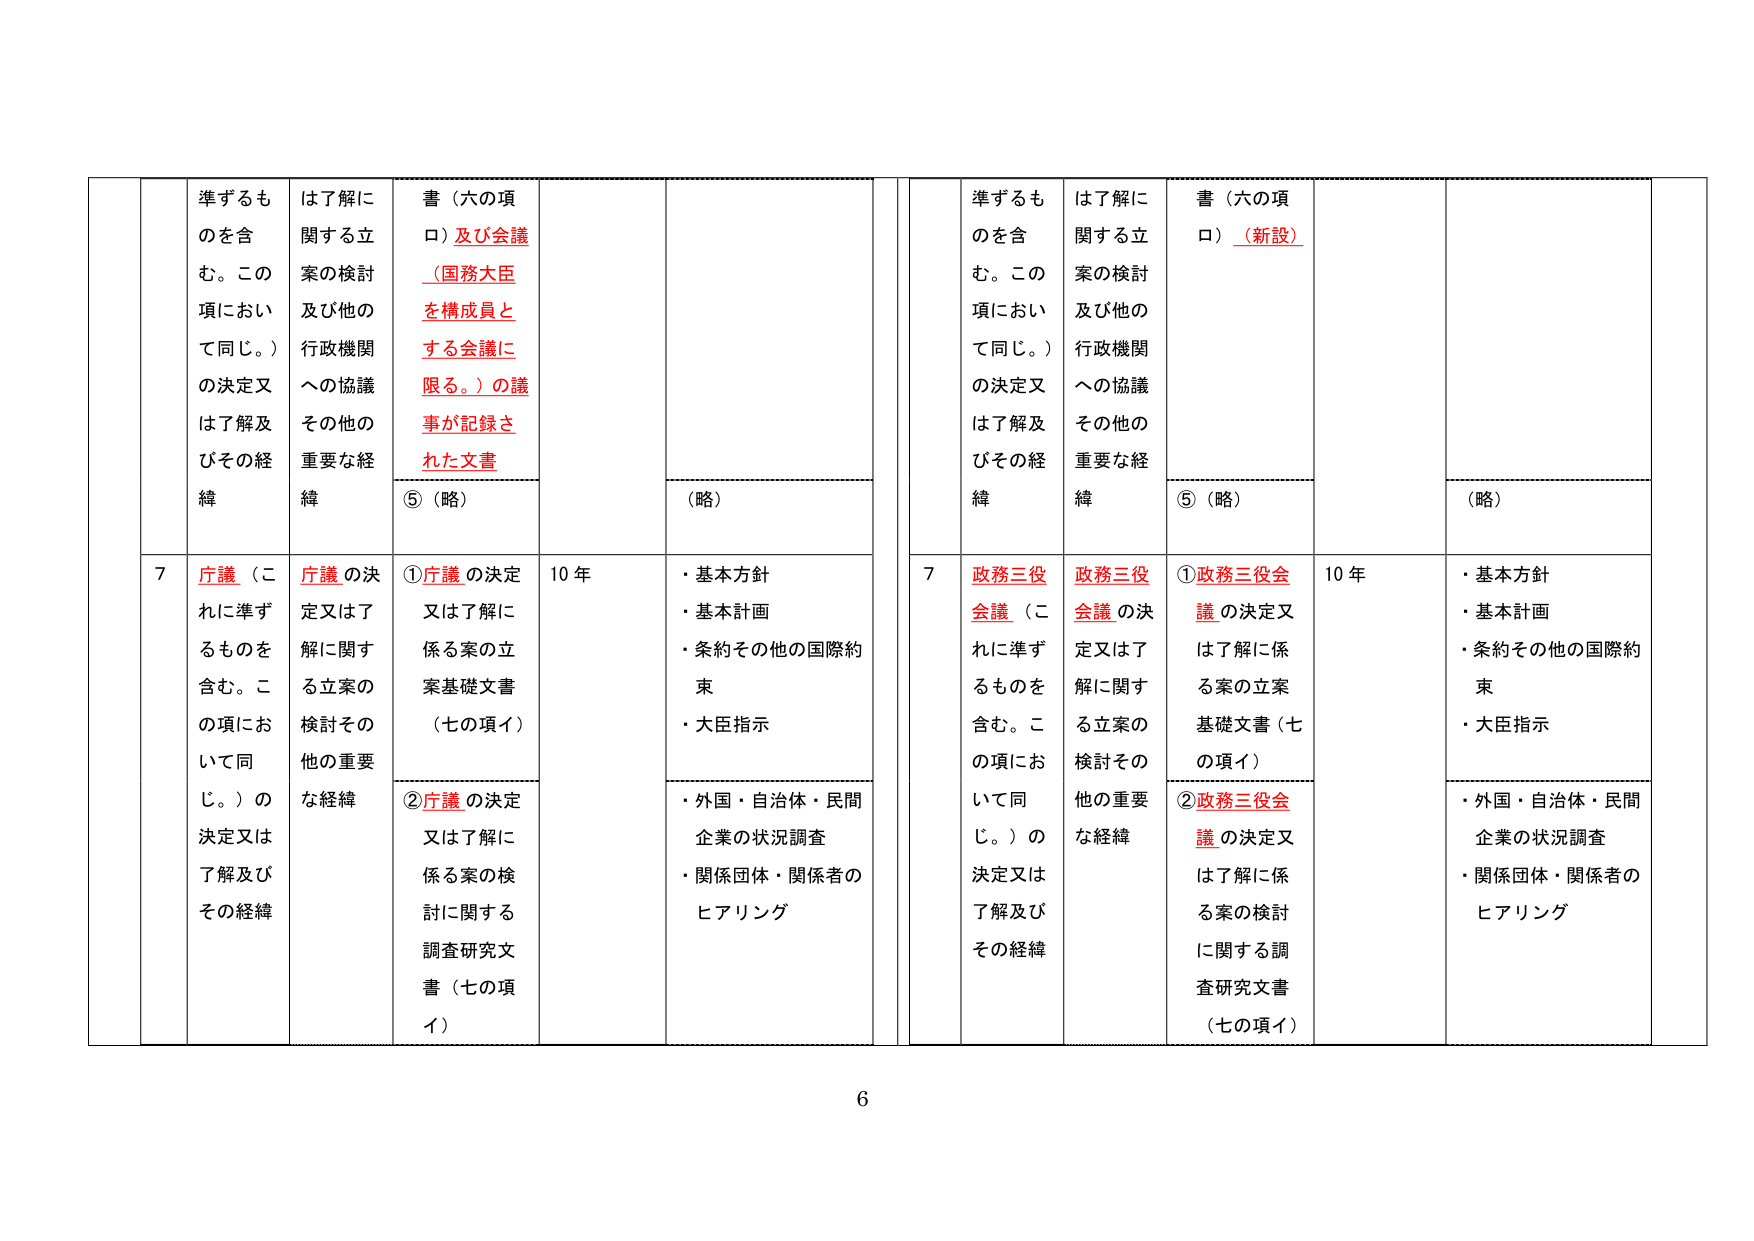
準ずるものを含む。この項において同じ。）の決定又は了解及びその経緯
は了解に関する立案の検討及び他の行政機関への協議その他の重要な経緯
書（六の項ロ）及び会議（国務大臣を構成員とする会議に限る。）の議事が記録された文書
⑤（略）
（略）
7 庁議（これに準ずるものを含む。この項において同じ。）の決定又は了解及びその経緯
庁議の決定又は了解に関する立案の検討その他の重要な経緯
①庁議の決定又は了解に係る案の立案基礎文書（七の項イ）
②庁議の決定又は了解に係る案の検討に関する調査研究文書（七の項イ）
10 年
・基本方針
・基本計画
・条約その他の国際約束
・大臣指示
・外国・自治体・民間企業の状況調査
・関係団体・関係者のヒアリング
準ずるものを含む。この項において同じ。）の決定又は了解及びその経緯
は了解に関する立案の検討及び他の行政機関への協議その他の重要な経緯
書（六の項ロ）（新設）
⑤（略）
（略）
7 政務三役会議（これに準ずるものを含む。この項において同じ。）の決定又は了解及びその経緯
政務三役会議の決定又は了解に関する立案の検討その他の重要な経緯
①政務三役会議の決定又は了解に係る案の立案基礎文書（七の項イ）
②政務三役会議の決定又は了解に係る案の検討に関する調査研究文書（七の項イ）
10 年
・基本方針
・基本計画
・条約その他の国際約束
・大臣指示
・外国・自治体・民間企業の状況調査
・関係団体・関係者のヒアリング
6